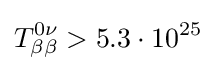
T_{\beta \beta }^{0\nu }>5.3\cdot 10^{25}